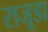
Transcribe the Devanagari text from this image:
राजूडा